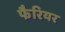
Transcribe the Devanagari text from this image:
फैरियर